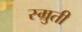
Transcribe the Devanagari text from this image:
स्म्रुती